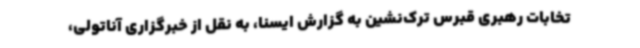
تخابات رهبری قبرس ترک‌نشین به گزارش ایسنا، به نقل از خبرگزاری آناتولی،